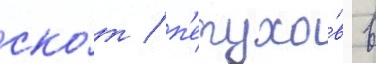
ско́т / п'етухо́в в